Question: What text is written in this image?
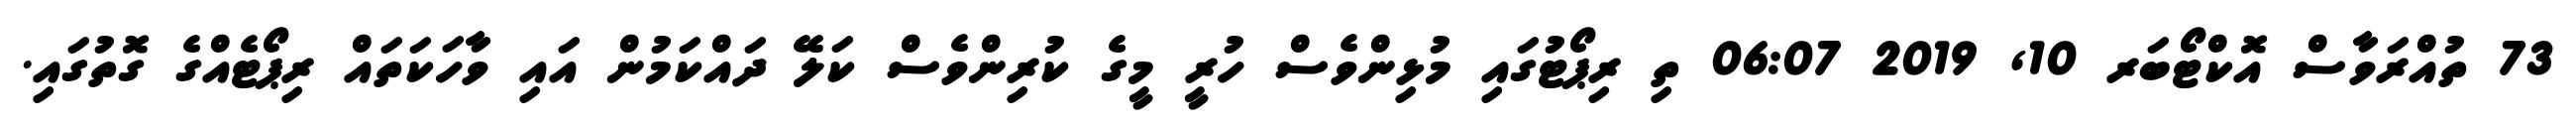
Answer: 73 ތުއްރަވާސް އޮކްޓޯބަރ 10, 2019 06:07 ތި ރިޕޯޓުގައި މުޅިންވެސް ހުރީ މީގެ ކުރިންވެސް ކަލޭ ދައްކަމުން އައި ވާހަކަތައް ރިޕޯޓެއްގެ ގޮތުގައި.